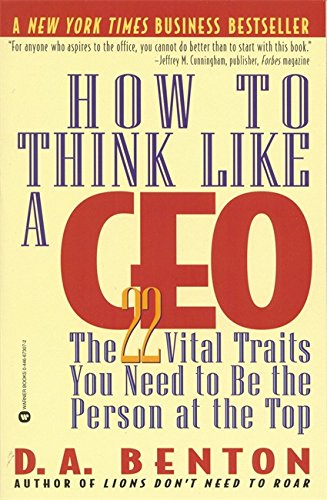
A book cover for How to Think Like a CEO: The 22 Vital Traits You Need to Be the Person at the Top; D. A. Benton; Reference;